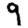
Digit: 9